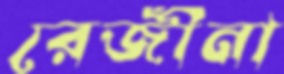
রেজীনা